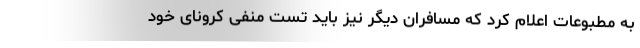
به مطبوعات اعلام کرد که مسافران دیگر نیز باید تست منفی کرونای خود